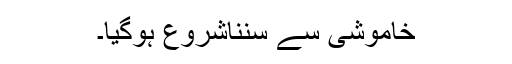
خاموشی سے سنناشروع ہوگیا۔